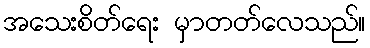
အသေးစိတ်ရေး မှာတတ်လေသည်။